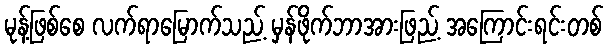
မုန့်ဖြစ်စေ လက်ရာမြောက်သည့် မှန်ဖိုက်ဘာအားဖြည့် အကြောင်းရင်းတစ်